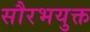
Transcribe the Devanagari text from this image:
सौरभयुक्त